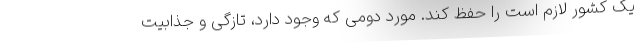
یک کشور لازم است را حفظ کند. مورد دومی که وجود دارد، تازگی و جذابیت